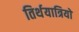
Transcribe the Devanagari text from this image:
तिर्थयात्रियों